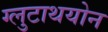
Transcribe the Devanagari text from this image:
ग्लुटाथयोन